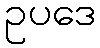
ဥပဒေ